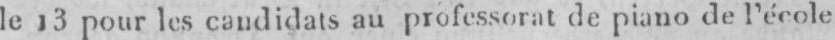
le 13 pour les candidats au professorat de piano de l’école